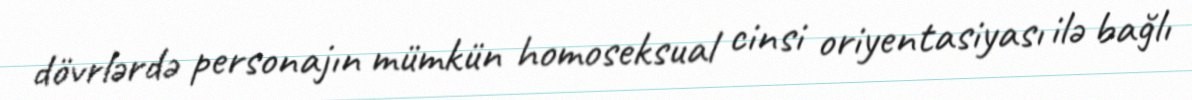
dövrlərdə personajın mümkün homoseksual cinsi oriyentasiyası ilə bağlı